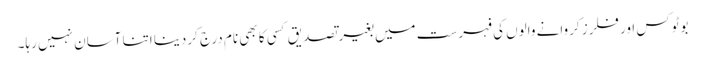
بوٹوکس اور فلرز کروانے والوں کی فہرست میں بغیر تصدیق کسی کا بھی نام درج کردینا اتنا آسان نہیں رہا۔